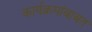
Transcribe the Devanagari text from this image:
कार्यक्रमांबाबत